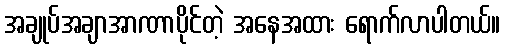
အချုပ်အချာအာဏာပိုင်တဲ့ အနေအထား ရောက်လာပါတယ်။